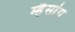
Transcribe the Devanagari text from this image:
म्हैसांग